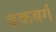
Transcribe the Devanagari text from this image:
बकबर्ग